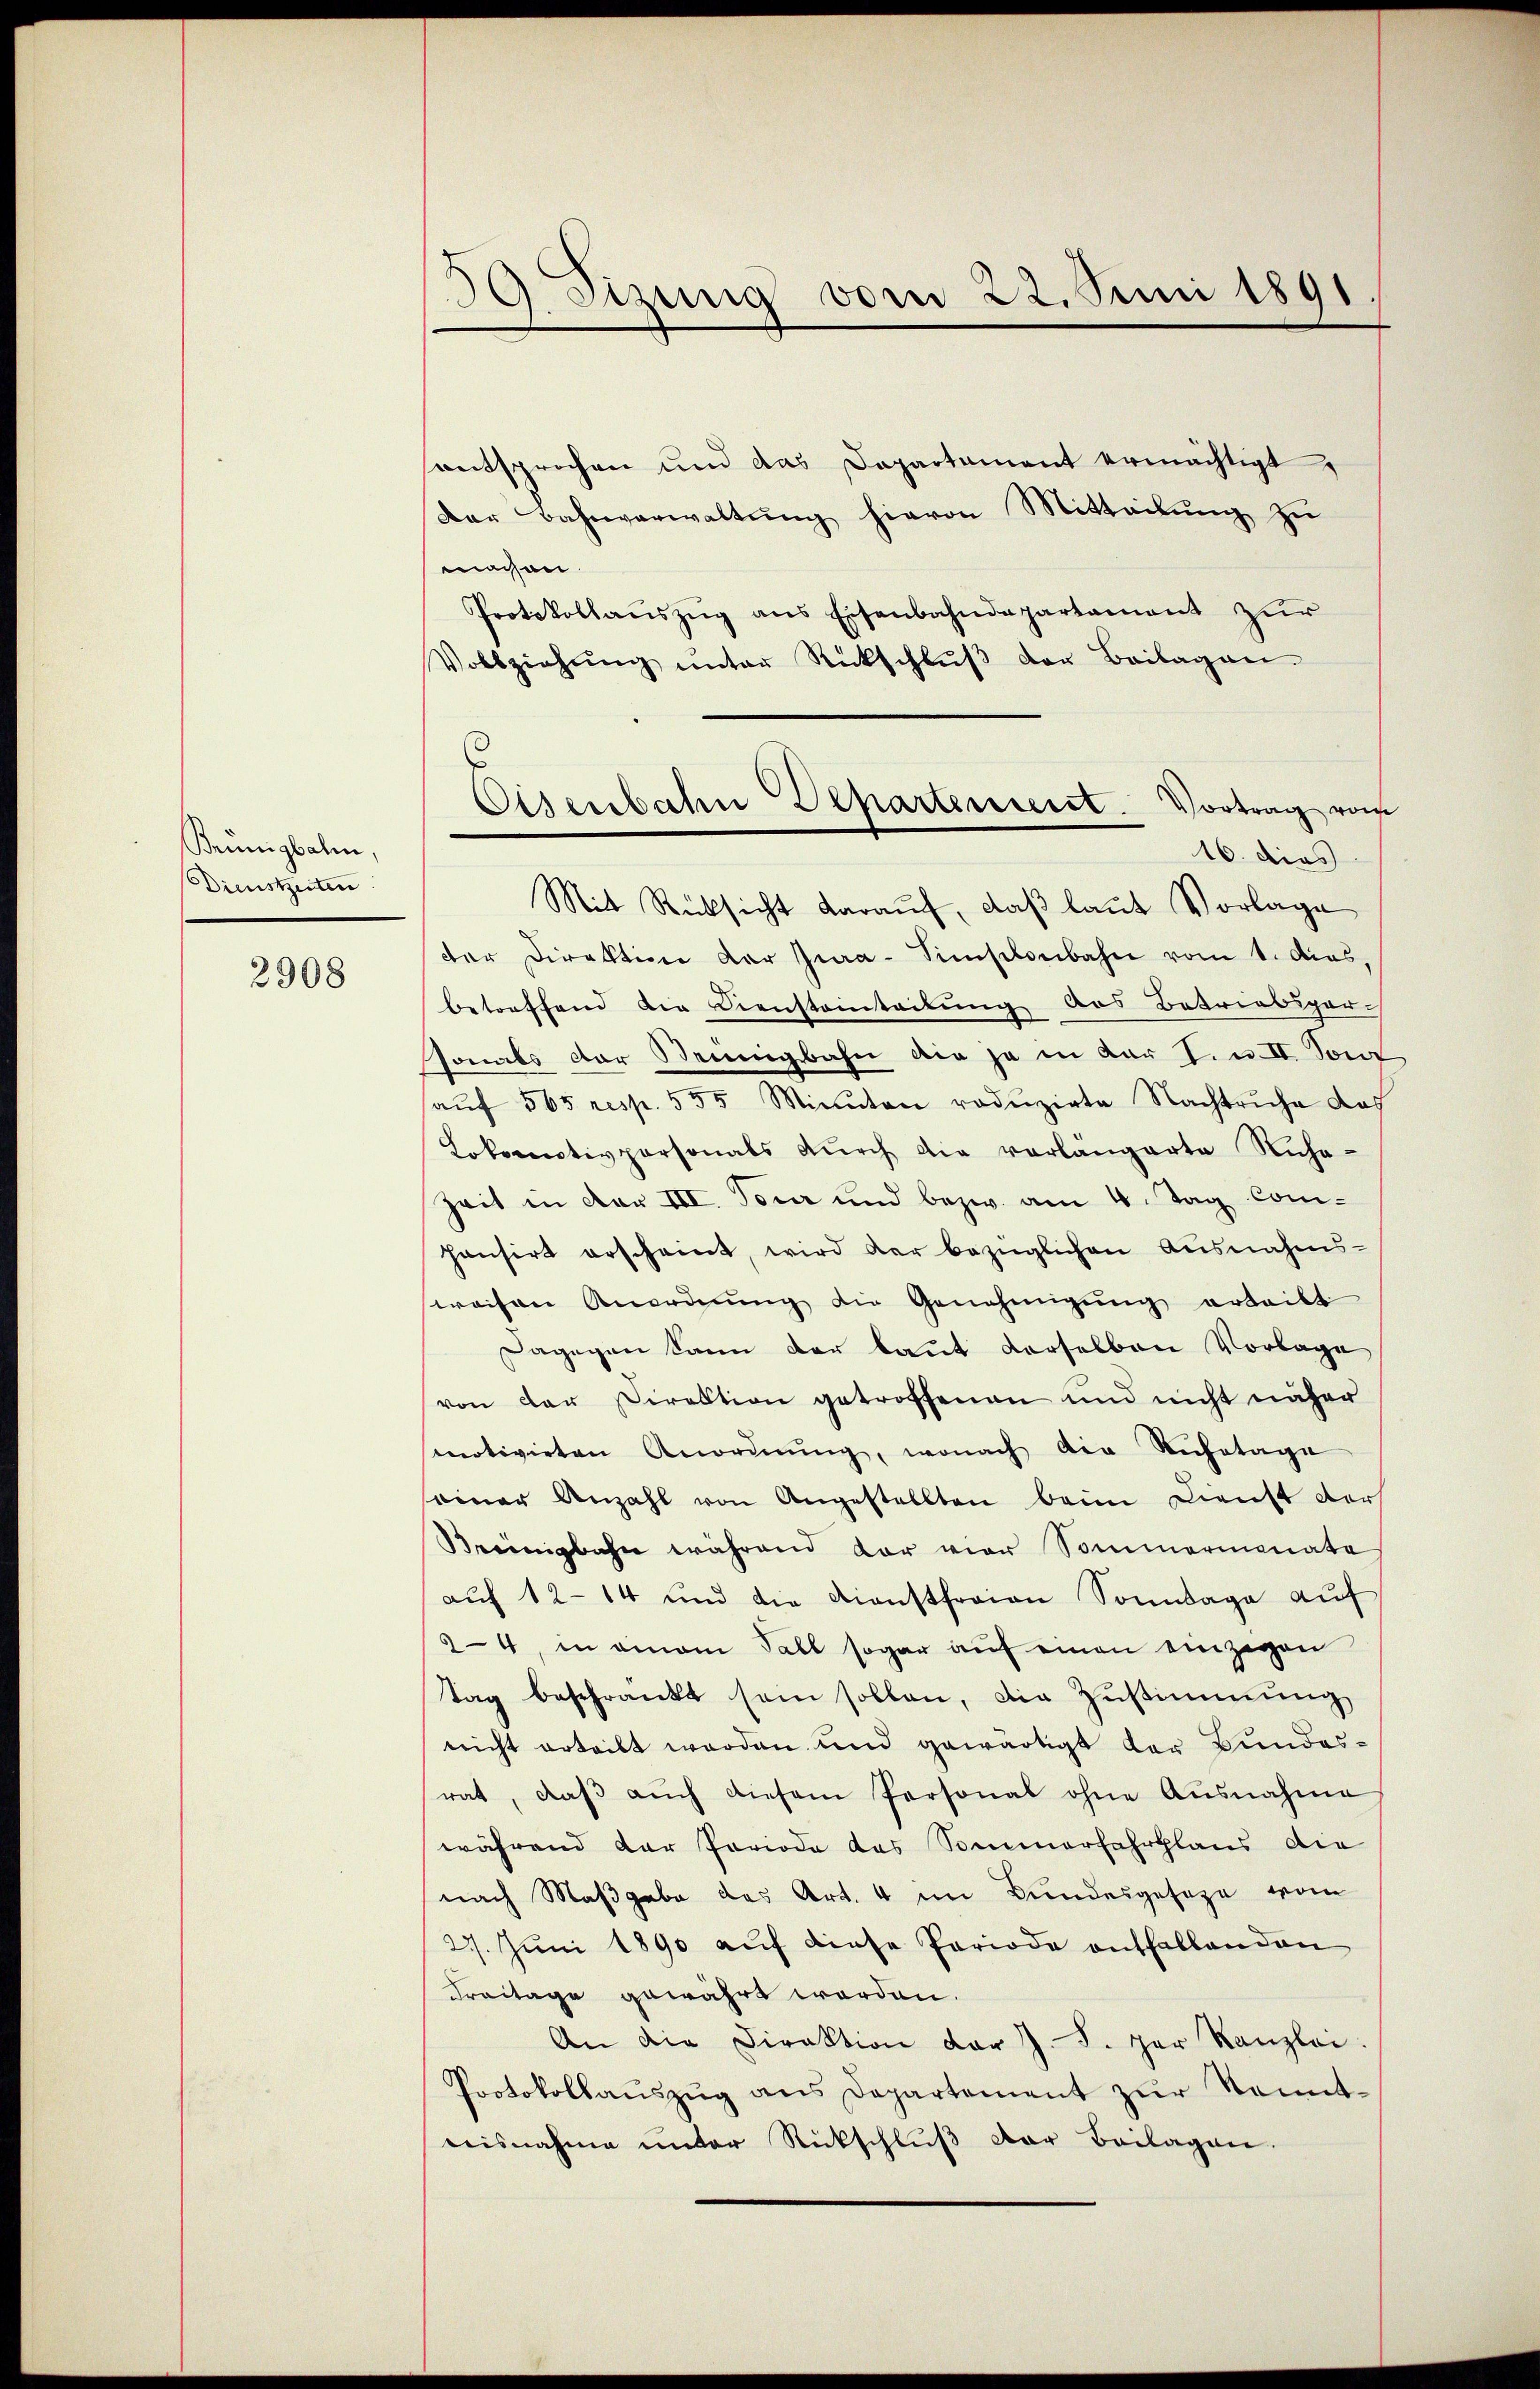
Beünigbahn,
Dienstzeiten.

2908

39 Sizung vom 22. Juni 1891

entsprochen und das Departement ermächtigt.
Der Bahnverwaltŭng hievon Mitteilŭng zu
machen.
Protokollaŭszŭg ans Eisenbahndepartament zur
Vollziehŭng ŭnter Rückschlŭβ der Beilagen.
16. dies
Mit Rücksicht daraŭf, daβ laŭt Vorlage
der Direktion der Jura-Simstenbahn vom 1. das,
betreffend die Diensteinteilung das Betriebspar-
sonals der Steinigbahn die ja in dar I. u. II. Son
aŭf 565 resp. 555 Minuten redŭzirte Nachtruhe doch
Lokomotivpersonals dŭrch die verlangarte Ruha-
Zeit in der III. Tour und bezw. am 4. Tag com-
hansirt erscheint, wird der bezüglichen Ausnahms-
weisen Anordnŭng die Genehmigŭng erteilt
Dagegen kann der baut derselben Vorlage
von der Direktion getroffenen und nicht näher
senotivirten Anordnŭng, wonach die Ruhetage
einer Anzahl von Angestellten beim Dienst ders
Breinigbahn während dar vier Sommermonate
aŭf 12-14 und die Dienstfreien Sonntage auf
24, in einem Fall sogar auf einen eingegen
tag beschränkt sein sollen, die Zustimmung
nicht erteilt werden und gewärtigt der Bundesrat, daβ aŭch diesem Personal ohne Ausnahme
während der Periode das Sommerfahrplans die
nach Maßgabe des Art. 4 im Bundesgesage vom
27. Juni 1890 auf diese Periode enthaltenden
Freitage gewährt worden.
An die Direktion der J. F. par Kanzlei.
Protokollaŭszŭg ans Departement zŭr Kennt-
nisnahme unter Rückschlŭβ der Beilagen.

Osenbahn Departement. Vortrag vom